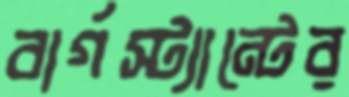
বার্গস্ট্যান্টের